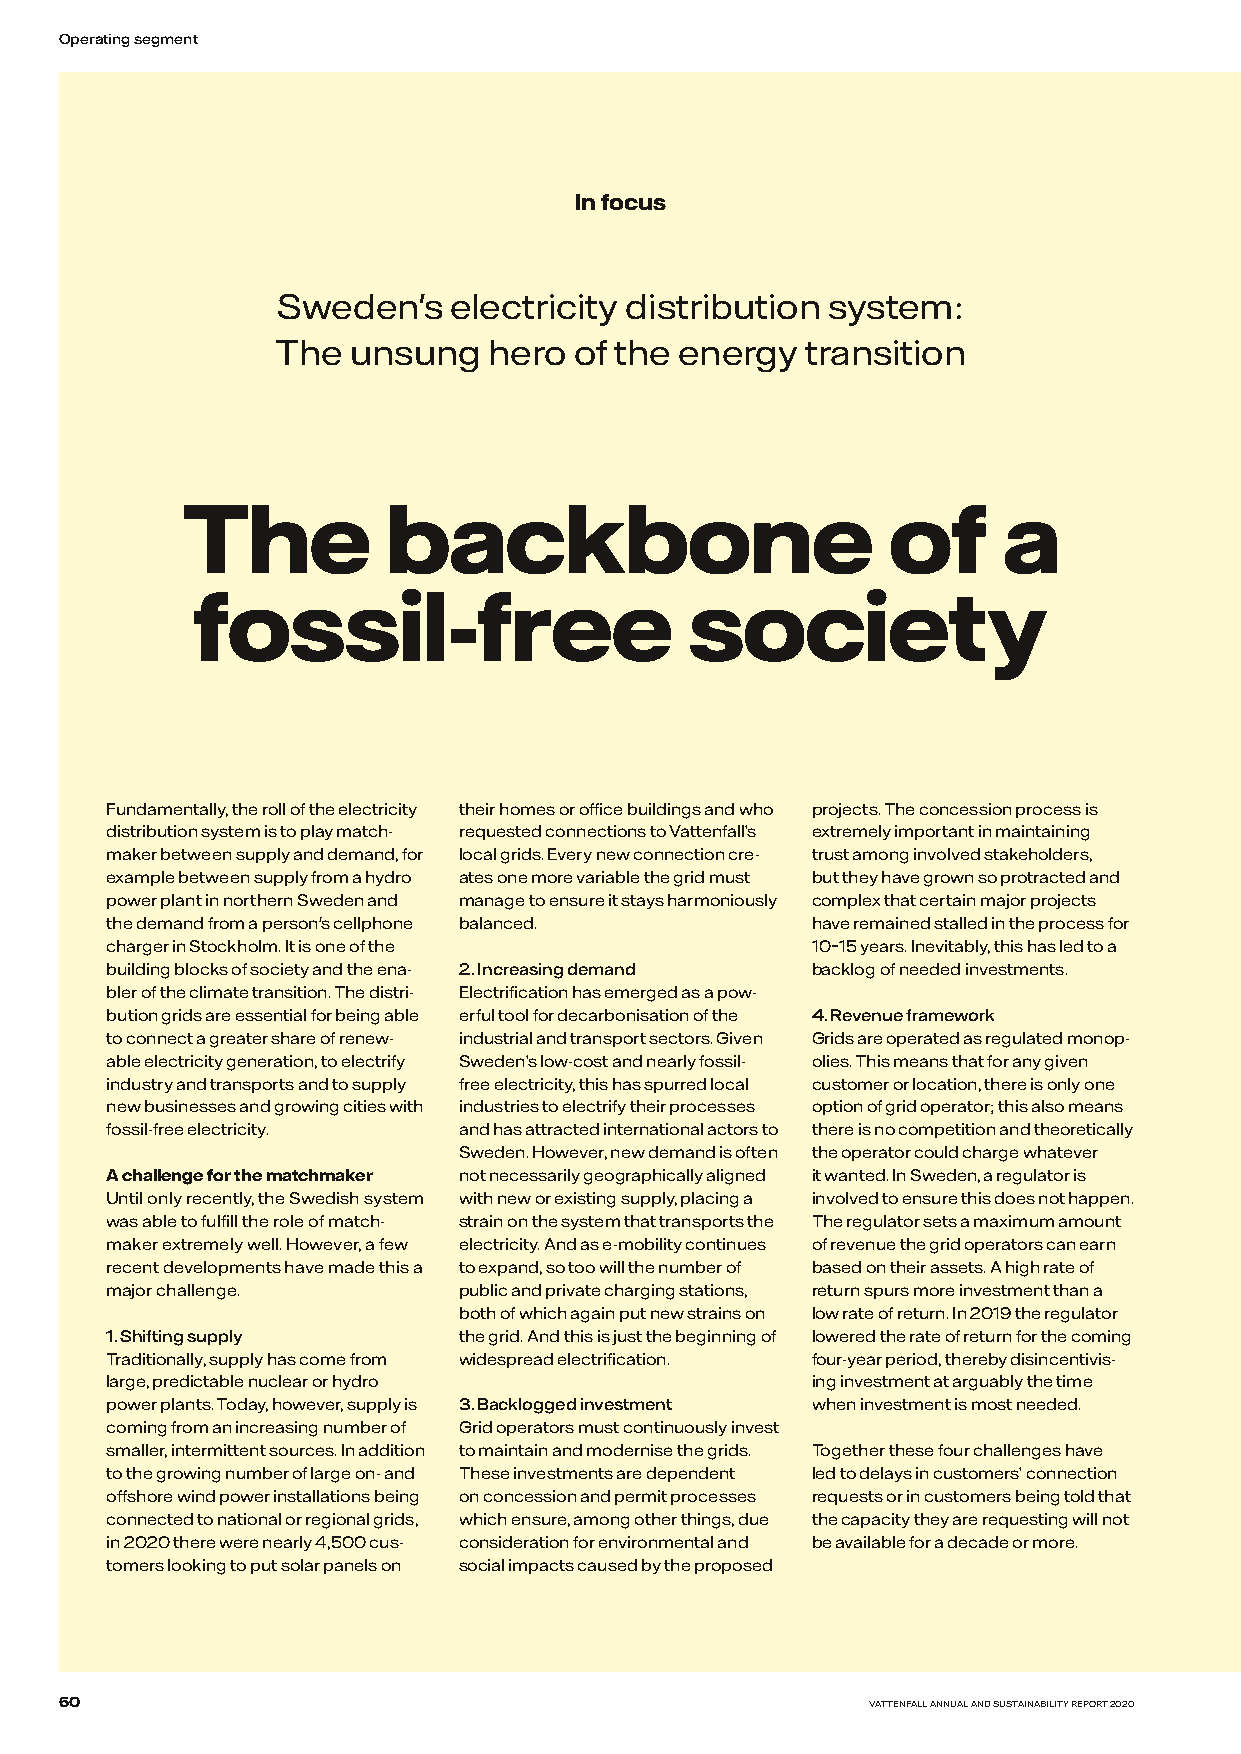
Operating segment
 In focus
 Sweden's    electricity distribution system:
 The  unsung   hero  of the energy  transition
 The           backbone                         of     a
 fossil-free                      society
 Fundamentally, the roll of the electricity their homes or office buildings and who projects. The concession process is
 distribution system is to play match- requested connections to Vattenfall’s extremely important in maintaining
 maker between supply and demand, for local grids. Every new connection cre- trust among involved stakeholders,
 example between supply from a hydro ates one more variable the grid must but they have grown so protracted and
 power plant in northern Sweden and manage to ensure it stays harmoniously complex that certain major projects
 the demand from a person's cellphone balanced. have remained stalled in the process for
 charger in Stockholm. It is one of the         10–15 years. Inevitably, this has led to a
 building blocks of society and the ena- 2. Increasing demand backlog of needed investments.
 bler of the climate transition. The distri- Electrification has emerged as a pow-
 bution grids are essential for being able erful tool for decarbonisation of the 4. Revenue framework
 to connect a greater share of renew- industrial and transport sectors. Given Grids are operated as regulated monop-
 able electricity generation, to electrify Sweden’s low-cost and nearly fossil- olies. This means that for any given
 industry and transports and to supply free electricity, this has spurred local customer or location, there is only one
 new businesses and growing cities with industries to electrify their processes option of grid operator; this also means
 fossil-free electricity. and has attracted international actors to there is no competition and theoretically
 Sweden. However, new demand is often the operator could charge whatever
 A challenge for the matchmaker not necessarily geographically aligned it wanted. In Sweden, a regulator is
 Until only recently, the Swedish system with new or existing supply, placing a involved to ensure this does not happen.
 was able to fulfill the role of match- strain on the system that transports the The regulator sets a maximum amount
 maker extremely well. However, a few electricity. And as e-mobility continues of revenue the grid operators can earn
 recent developments have made this a to expand, so too will the number of based on their assets. A high rate of
 major challenge.       public and private charging stations, return spurs more investment than a
 both of which again put new strains on low rate of return. In 2019 the regulator
 1. Shifting supply     the grid. And this is just the beginning of lowered the rate of return for the coming
 Traditionally, supply has come from widespread electrification. four-year period, thereby disincentivis-
 large, predictable nuclear or hydro            ing investment at arguably the time
 power plants. Today, however, supply is 3. Backlogged investment when investment is most needed.
 coming from an increasing number of Grid operators must continuously invest
 smaller, intermittent sources. In addition to maintain and modernise the grids. Together these four challenges have
 to the growing number of large on- and These investments are dependent led to delays in customers’ connection
 offshore wind power installations being on concession and permit processes requests or in customers being told that
 connected to national or regional grids, which ensure, among other things, due the capacity they are requesting will not
 in 2020 there were nearly 4,500 cus- consideration for environmental and be available for a decade or more.
 tomers looking to put solar panels on social impacts caused by the proposed
 60                                                    VATTENFALL ANNUAL AND SUSTAINABILITY REPORT 2020